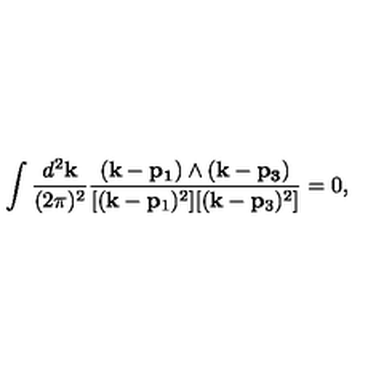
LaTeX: \int \frac { d ^ { 2 } { \bf k } } { ( 2 \pi ) ^ { 2 } } \frac { ( { \bf k - p _ { 1 } } ) \wedge ( { \bf k - p _ { 3 } } ) } { [ ( { \bf k } - { \bf p } _ { 1 } ) ^ { 2 } ] [ ( { \bf k } - { \bf p } _ { 3 } ) ^ { 2 } ] } = 0 ,